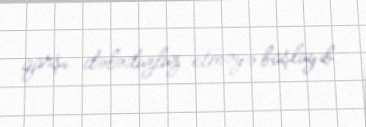
qarşı dələduzluz etməyə başlayıb.